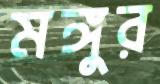
মঙ্গুর